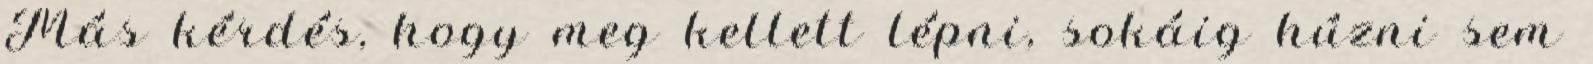
Más kérdés, hogy meg kellett lépni, sokáig húzni sem